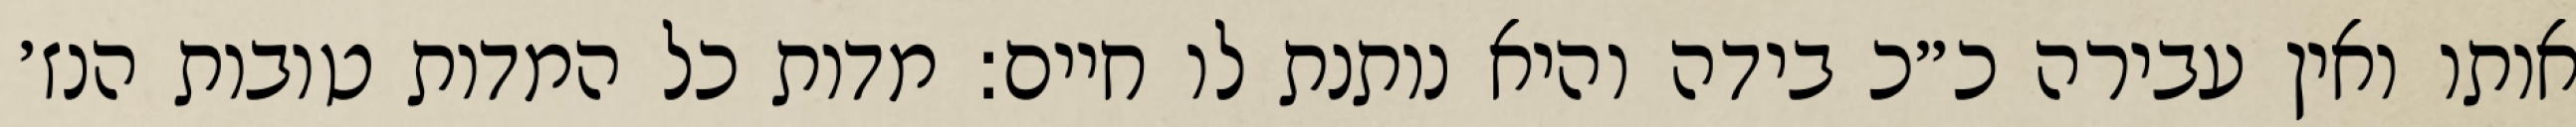
אותו ואין עבירה כ״כ בידה והיא נותנת לו חיים: מדות כל המדות טובות הנז׳